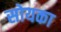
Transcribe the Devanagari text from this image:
सोयका